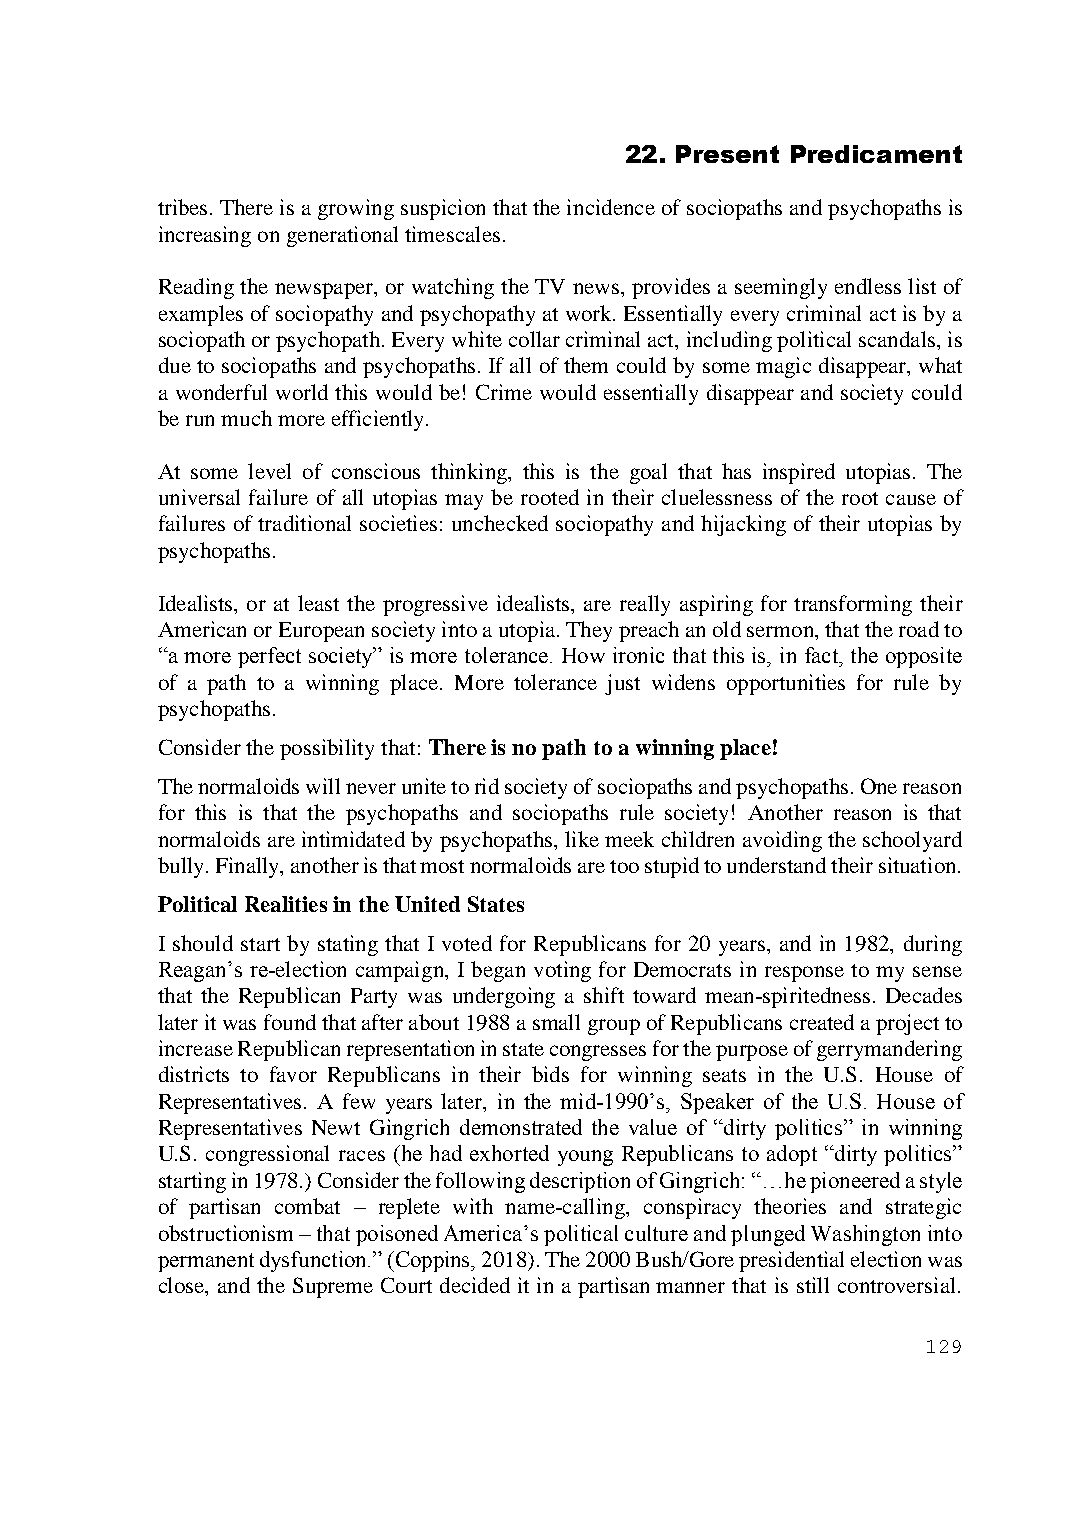
22. Present Predicament
 tribes. There is a growing suspicion that the incidence of sociopaths and psychopaths is
 increasing on generational timescales.
 Reading the newspaper, or watching the TV news, provides a seemingly endless list of
 examples of sociopathy and psychopathy at work. Essentially every criminal act is by a
 sociopath or psychopath. Every white collar criminal act, including political scandals, is
 due to sociopaths and psychopaths. If all of them could by some magic disappear, what
 a wonderful world this would be! Crime would essentially disappear and society could
 be run much more efficiently.
 At some level of conscious thinking, this is the goal that has inspired utopias. The
 universal failure of all utopias may be rooted in their cluelessness of the root cause of
 failures of traditional societies: unchecked sociopathy and hijacking of their utopias by
 psychopaths.
 Idealists, or at least the progressive idealists, are really aspiring for transforming their
 American or European society into a utopia. They preach an old sermon, that the road to
 “a more perfect society” is more tolerance. How ironic that this is, in fact, the opposite
 of a path to a winning place. More tolerance just widens opportunities for rule by
 psychopaths.
 Consider the possibility that: There is no path to a winning place!
 The normaloids will never unite to rid society of sociopaths and psychopaths. One reason
 for this is that the psychopaths and sociopaths rule society! Another reason is that
 normaloids are intimidated by psychopaths, like meek children avoiding the schoolyard
 bully. Finally, another is that most normaloids are too stupid to understand their situation.
 Political Realities in the United States
 I should start by stating that I voted for Republicans for 20 years, and in 1982, during
 Reagan’s re-election campaign, I began voting for Democrats in response to my sense
 that the Republican Party was undergoing a shift toward mean-spiritedness. Decades
 later it was found that after about 1988 a small group of Republicans created a project to
 increase Republican representation in state congresses for the purpose of gerrymandering
 districts to favor Republicans in their bids for winning seats in the U.S. House of
 Representatives. A few years later, in the mid-1990’s, Speaker of the U.S. House of
 Representatives Newt Gingrich demonstrated the value of “dirty politics” in winning
 U.S. congressional races (he had exhorted young Republicans to adopt “dirty politics”
 starting in 1978.) Consider the following description of Gingrich: “…he pioneered a style
 of partisan combat – replete with name-calling, conspiracy theories and strategic
 obstructionism – that poisoned America’s political culture and plunged Washington into
 permanent dysfunction.” (Coppins, 2018). The 2000 Bush/Gore presidential election was
 close, and the Supreme Court decided it in a partisan manner that is still controversial.
 129